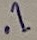
Text: .1